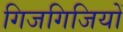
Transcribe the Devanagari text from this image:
गिजगिजियों